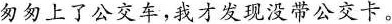
匆匆上了公交车，我才发现没带公交卡。